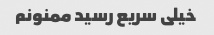
خیلی سریع رسید ممنونم